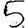
Digit: 5